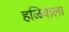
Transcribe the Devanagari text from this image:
हळिवाला